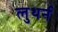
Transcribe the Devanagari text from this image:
लुथर्न